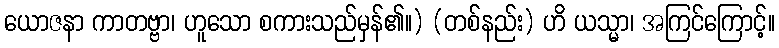
ယောဇနာ ကာတဗ္ဗာ၊ ဟူသော စကားသည်မှန်၏။) (တစ်နည်း) ဟိ ယသ္မာ၊ အကြင်ကြောင့်။